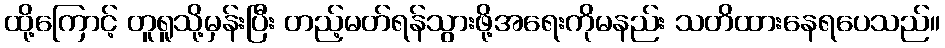
ထို့ကြောင့် တူရူသို့မှန်းပြီး တည့်မတ်ရန်သွားဖို့အရေးကိုမနည်း သတိထားနေရပေသည်။